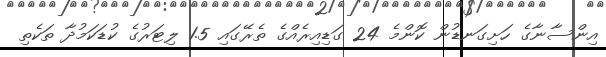
އިންސާނާގެ ހަށިގަނޑުން ކޮންމެ 24 ގަޑިއިރެއްގެ ތެރޭގައި 1.5 ލިޓަރުގެ ކުޑަކަމުދާ ތަކެތި